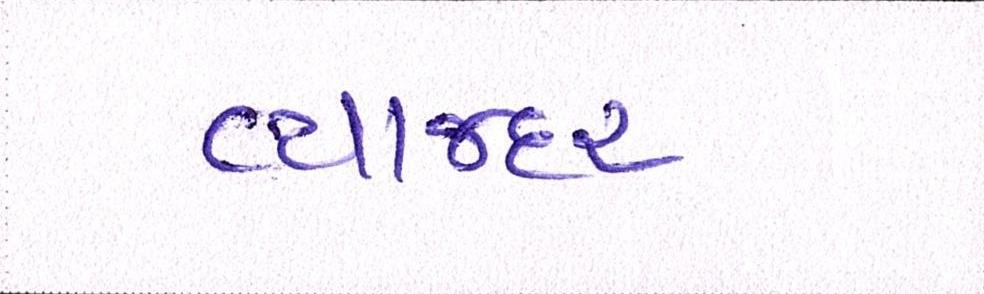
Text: વ્યાજદર